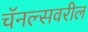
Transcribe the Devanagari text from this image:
चॅनल्सवरील